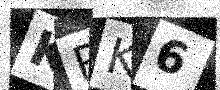
Text: KPK6